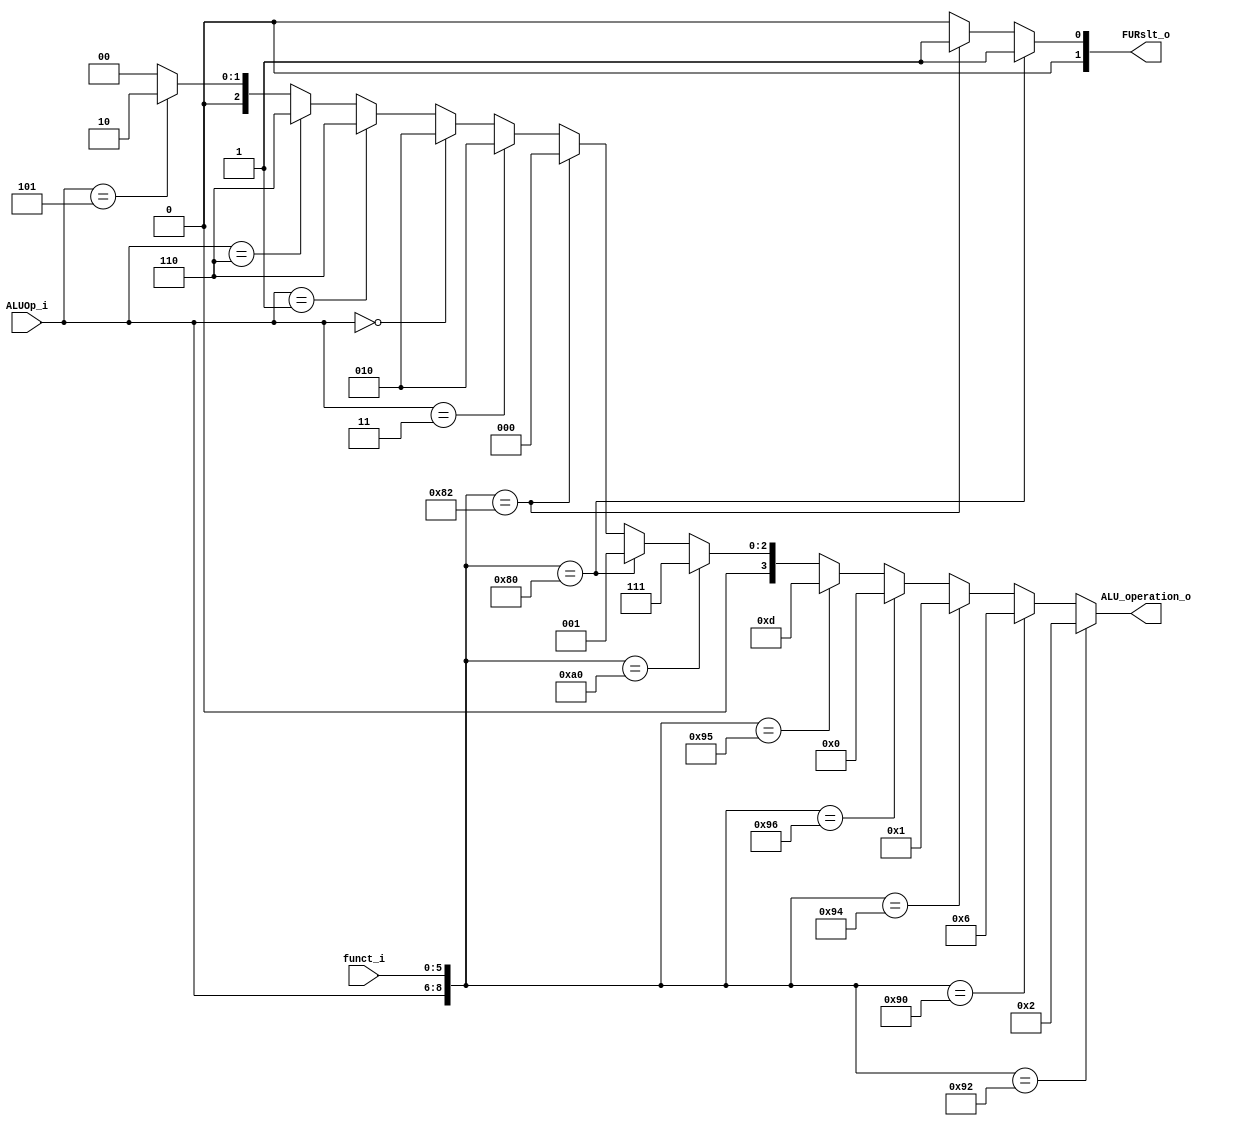
module ALU_Ctrl( funct_i, ALUOp_i, ALU_operation_o, FURslt_o );

//I/O ports 
input      [6-1:0] funct_i;
input      [3-1:0] ALUOp_i;

output     [4-1:0] ALU_operation_o;  
output     [2-1:0] FURslt_o;
     
//Internal Signals
wire		[4-1:0] ALU_operation_o;
wire		[2-1:0] FURslt_o;

//Main function
/*your code here*/
assign ALU_operation_o = 
                ({ALUOp_i,funct_i} == 9'b010_010010) ? 4'b0010 : 	//add
				({ALUOp_i,funct_i} == 9'b010_010000) ? 4'b0110 : 	//sub
				({ALUOp_i,funct_i} == 9'b010_010100) ? 4'b0001 : 	//and
				({ALUOp_i,funct_i} == 9'b010_010110) ? 4'b0000 : 	//or
				({ALUOp_i,funct_i} == 9'b010_010101) ? 4'b1101 : 	//nor
				({ALUOp_i,funct_i} == 9'b010_100000) ? 4'b0111 : 	//slt
				({ALUOp_i,funct_i} == 9'b010_000000) ? 4'b0001 : 	//sll
				({ALUOp_i,funct_i} == 9'b010_000010) ? 4'b0000 :	//srl
                (ALUOp_i == 3'b011) ? 4'b0010 :    //addi	
                (ALUOp_i == 3'b000) ? 4'b0010 :    //lw sw  (add)
                (ALUOp_i == 3'b001) ? 4'b0110 :    //beq (sub)
                (ALUOp_i == 3'b110) ? 4'b0110 : 	//bne (sub)
				(ALUOp_i == 3'b101) ? 4'b0010 : 1'b0; //lui

assign FURslt_o = 
                ({ALUOp_i,funct_i} == 9'b010_000000) ? 1'b1 :      	//sll
			    ({ALUOp_i,funct_i} == 9'b010_000010) ? 1'b1 : 1'b0;	    //srl 
endmodule